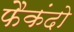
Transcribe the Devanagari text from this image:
फैकंदो